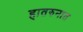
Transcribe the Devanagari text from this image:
हातरुनात